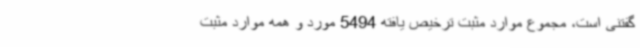
گفتنی است، مجموع موارد مثبت ترخیص ‌یافته 5494 مورد و همه موارد مثبت